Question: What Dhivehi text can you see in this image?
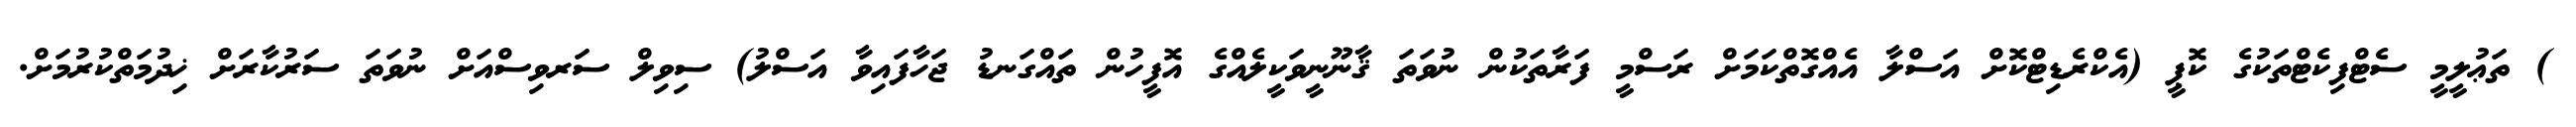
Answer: ) ތަޢުލީމީ ސެޓްފިކެޓްތަކުގެ ކޮޕީ (އެކްރެޑިޓްކޮށް އަސްލާ އެއްގޮތްކަމަށް ރަސްމީ ފަރާތަކުން ނުވަތަ ޤާނޫނީވަކީލެއްގެ އޮފީހުން ތައްގަނޑު ޖަހާފައިވާ އަސްލު) ސިވިލް ސަރވިސްއަށް ނުވަތަ ސަރުކާރަށް ޚިދުމަތްކުރުމަށް.